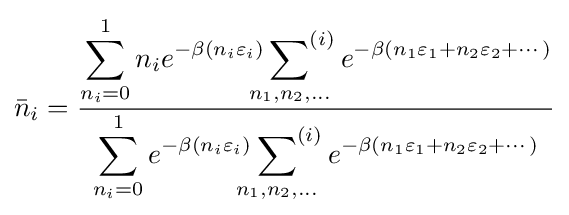
{\bar {n}}_{i}={\frac {\displaystyle \sum _{n_{i}=0}^{1}n_{i}e^{-\beta (n_{i}\varepsilon _{i})}\sideset {}{^{(i)}}\sum _{n_{1},n_{2},\dots }e^{-\beta (n_{1}\varepsilon _{1}+n_{2}\varepsilon _{2}+\cdots )}}{\displaystyle \sum _{n_{i}=0}^{1}e^{-\beta (n_{i}\varepsilon _{i})}\sideset {}{^{(i)}}\sum _{n_{1},n_{2},\dots }e^{-\beta (n_{1}\varepsilon _{1}+n_{2}\varepsilon _{2}+\cdots )}}}